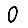
Digit: 0